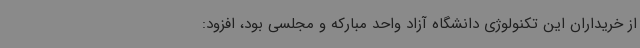
از خریداران این تکنولوژی دانشگاه آزاد واحد مبارکه و مجلسی بود، افزود: